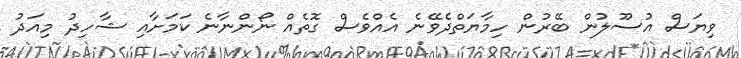
ވިޔަސް އުސޫލުން ބޭރުން ހިމާޔަތްދެވޭނެ އެއްވެސް ގޮތެއް ނޯންނާނެ ކަމަށާއި ޝާހިދު މިއަދު